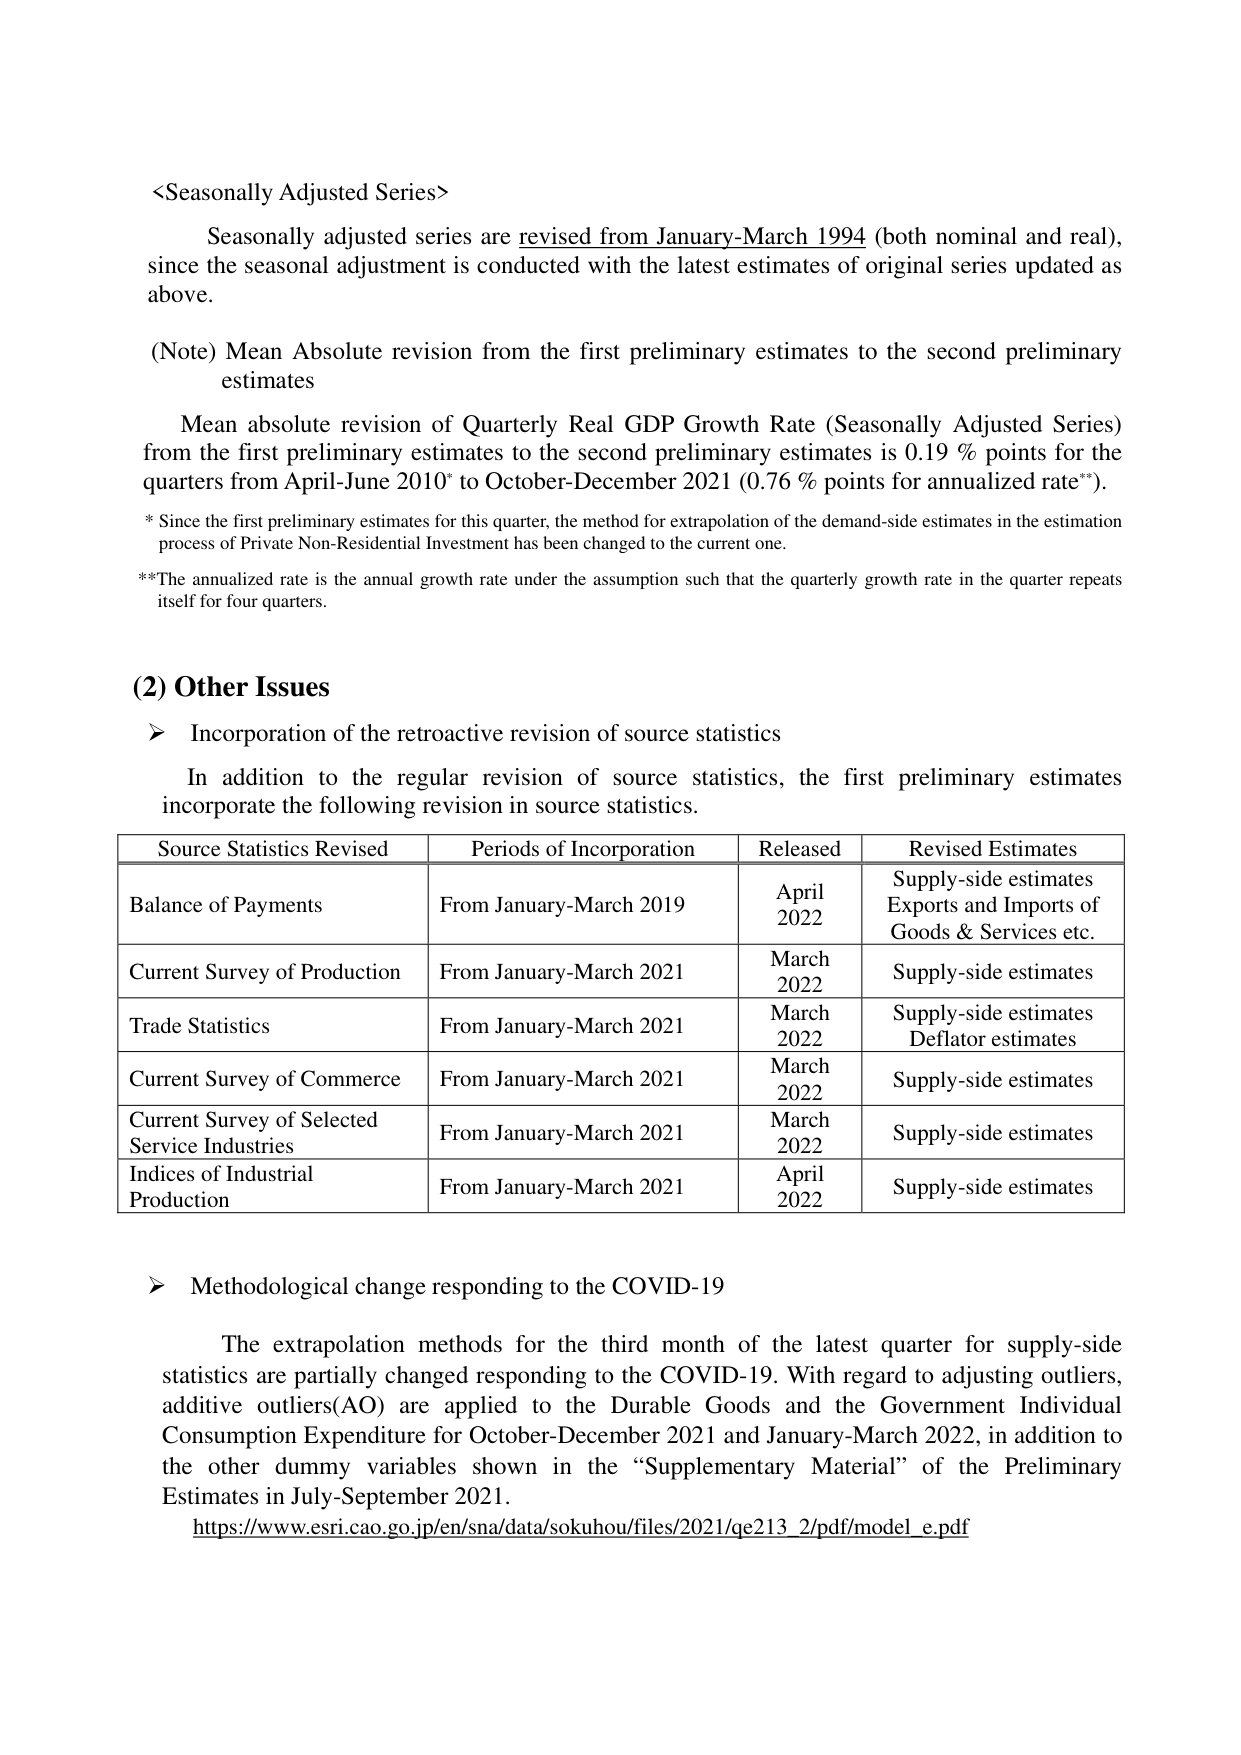
<Seasonally Adjusted Series>

Seasonally adjusted series are revised from January-March 1994 (both nominal and real), since the seasonal adjustment is conducted with the latest estimates of original series updated as above.

(Note) Mean Absolute revision from the first preliminary estimates to the second preliminary estimates

Mean absolute revision of Quarterly Real GDP Growth Rate (Seasonally Adjusted Series) from the first preliminary estimates to the second preliminary estimates is 0.19 % points for the quarters from April-June 2010* to October-December 2021 (0.76 % points for annualized rate**).

* Since the first preliminary estimates for this quarter, the method for extrapolation of the demand-side estimates in the estimation process of Private Non-Residential Investment has been changed to the current one.

**The annualized rate is the annual growth rate under the assumption such that the quarterly growth rate in the quarter repeats itself for four quarters.

(2) Other Issues

➤ Incorporation of the retroactive revision of source statistics

In addition to the regular revision of source statistics, the first preliminary estimates incorporate the following revision in source statistics.

| Source Statistics Revised | Periods of Incorporation | Released | Revised Estimates |
|---------------------------|--------------------------|----------|-------------------|
| Balance of Payments       | From January-March 2019  | April 2022 | Supply-side estimates Exports and Imports of Goods & Services etc. |
| Current Survey of Production | From January-March 2021 | March 2022 | Supply-side estimates |
| Trade Statistics          | From January-March 2021  | March 2022 | Supply-side estimates Deflator estimates |
| Current Survey of Commerce | From January-March 2021  | March 2022 | Supply-side estimates |
| Current Survey of Selected Service Industries | From January-March 2021 | March 2022 | Supply-side estimates |
| Indices of Industrial Production | From January-March 2021 | April 2022 | Supply-side estimates |

➤ Methodological change responding to the COVID-19

The extrapolation methods for the third month of the latest quarter for supply-side statistics are partially changed responding to the COVID-19. With regard to adjusting outliers, additive outliers(AO) are applied to the Durable Goods and the Government Individual Consumption Expenditure for October-December 2021 and January-March 2022, in addition to the other dummy variables shown in the “Supplementary Material” of the Preliminary Estimates in July-September 2021.

https://www.esri.cao.go.jp/en/sna/data/sokuhou/files/2021/qe213_2/pdf/model_e.pdf